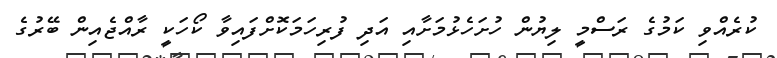
ކުރެއްވި ކަމުގެ ރަސްމީ ލިޔުން ހުށަހެޅުމަށާއި އަދި ފުރިހަމަކޮށްފައިވާ ކޯހަކީ ރާއްޖެއިން ބޭރުގެ